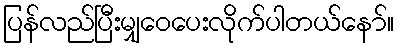
ပြန်လည်ပြီးမျှဝေပေးလိုက်ပါတယ်နော်။